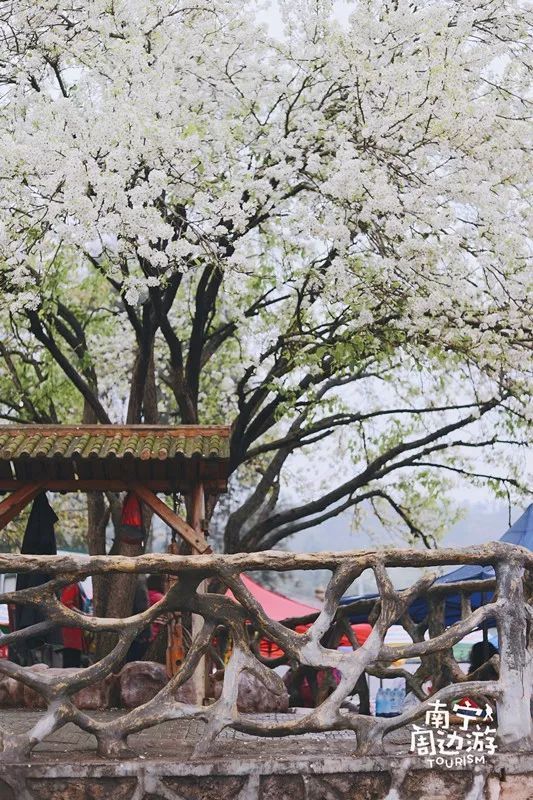
风风雨雨梨花，窄索帘栊，巧小窗纱。